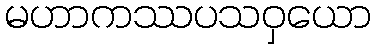
မဟာကဿပသဝှယော